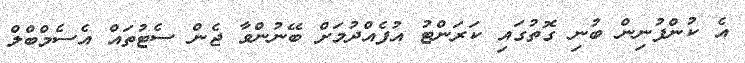
އެ ކުންފުނިން ބުނި ގޮތުގައި ކަރަންޓު އުފެއްދުމަށް ބޭނުންވާ ޖެން ސެޓުތައް އެސެމްބްލް